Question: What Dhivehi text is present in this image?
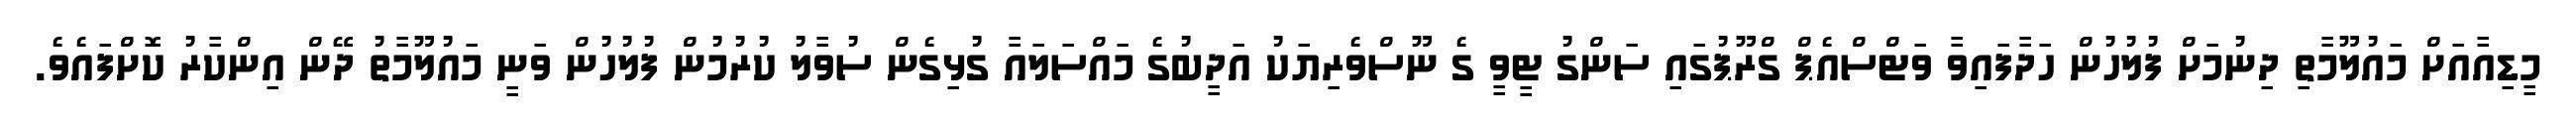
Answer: މީޑިއާއަށް މައުލޫމާތި ދިނުމަށް ފުލުހުން ހަދާފައިވާ ވަޓްސްއެޕް ގްރޫޕުގައި ސަންގު ޓީވީ ގެ ނޫސްވެރިޔަކު އަދީބުގެ މައްސަލައާ ގުޅިގެން ސުވާލު ކުރުމުން ފުލުހުން ވަނީ މައުލޫމާތު ދޭން އިންކާރު ކޮށްފައެވެ.